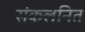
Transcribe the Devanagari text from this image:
संकलनित